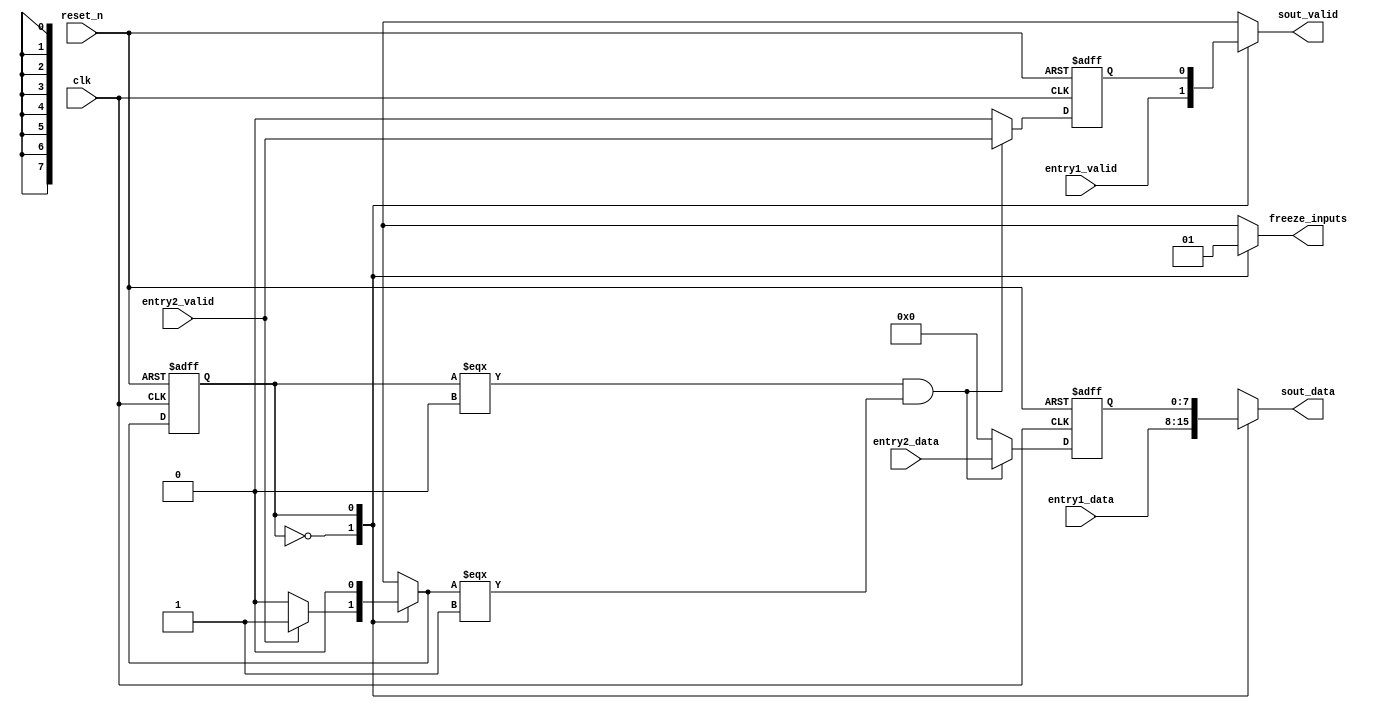
module port_r_serializer #(parameter WIDTH=8)(
    input   wire    [WIDTH-1:0]     entry1_data,
    input   wire                    entry1_valid,
    input   wire    [WIDTH-1:0]     entry2_data,
    input   wire                    entry2_valid,
    input   wire                    clk,
    input   wire                    reset_n,                 
    
    output  reg     [WIDTH-1:0]     sout_data,
    output  reg                     sout_valid,
    output  reg                     freeze_inputs // NOTE: None of the inputs should be combinatorially dependent on freeze_inputs.    
);

// using macros as parameters
`define _STATE_FREE     0
`define _STATE_OCCUPIED 1 

reg     [WIDTH-1:0] queue1_data;
reg                 queue1_valid;

reg [0:0] state;
reg [0:0] state_nxt;

always @ (posedge clk, negedge reset_n) begin
    if(~reset_n) begin
        queue1_data     <= 0;
        queue1_valid    <= 0;
    end
    else if (state === `_STATE_FREE & state_nxt === `_STATE_OCCUPIED) begin // load
        queue1_data     <= entry2_data;
        queue1_valid    <= entry2_valid;
    end
    else if (state === `_STATE_OCCUPIED) begin // shift
        queue1_data     <= 0;
        queue1_valid    <= 0;
    end
    else begin
        queue1_data     <= 0;
        queue1_valid    <= 0;
    end
end

////////// OUTPUT MUX   /////////
always @ (*) begin
    case(state) 
        `_STATE_FREE : begin
            sout_data = entry1_data;
            sout_valid = entry1_valid;
            
            freeze_inputs = 0; //(state_nxt === `_STATE_OCCUPIED) ? 1 : 0;
        end
        `_STATE_OCCUPIED : begin                     
            sout_data = queue1_data;
            sout_valid = queue1_valid;
            
            freeze_inputs = 1; //(state_nxt === `_STATE_OCCUPIED) ? 1 : 0;                     
        end
        
        default : begin
            sout_data = entry1_data;
            sout_valid = entry1_valid;
            
            freeze_inputs = 0;//(state_nxt === `_STATE_OCCUPIED) ? 1 : 0;
        end 
    endcase
end

//////////      FSM     /////////
always @ (posedge clk, negedge reset_n) begin
    if(~reset_n) begin
        state <= 0;
    end
    else begin
        state <= state_nxt;
    end
end


always @ (*) begin
    case(state) 
        `_STATE_FREE : begin
            state_nxt = entry2_valid ? `_STATE_OCCUPIED : `_STATE_FREE;             
        end
        `_STATE_OCCUPIED : begin
            state_nxt = `_STATE_FREE;          
        end
        
        default : state_nxt = `_STATE_FREE;
    endcase
end


`undef _STATE_FREE
`undef _STATE_OCCUPIED 


endmodule